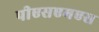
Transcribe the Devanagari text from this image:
पीएसएमएस